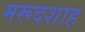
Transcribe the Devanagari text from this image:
मरूदशाह